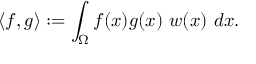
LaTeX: \langle f , g \rangle : = \int _ { \Omega } f ( x ) g ( x ) \ w ( x ) \ d x .